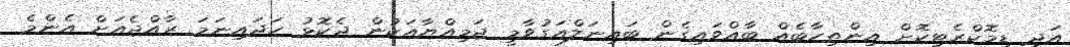
އަދި ޑިމޮކްރެޓިކޮށް އިންތިހާބެއް ބާއްވައިގެން ބައިނަލްއަގުވާމީ ޖަމިއްޔާއަކުން ދެކޮޅު ހަދައިނަމަ ރާއްޖެއަށް އެންމެ